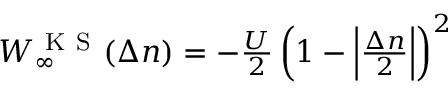
\begin{array} { r } { W _ { \infty } ^ { \mathrm { ~ K ~ S ~ } } ( \Delta n ) = - \frac { U } { 2 } \left( 1 - \Big | \frac { \Delta n } { 2 } \Big | \right) ^ { 2 } } \end{array}